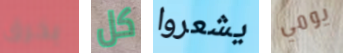
بخرق كل يشعروا يومي